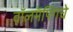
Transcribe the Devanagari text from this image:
वॉलमॅपिंगचे